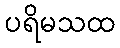
ပရိမသထ